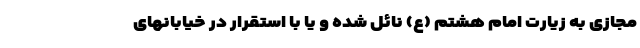
مجازی به زیارت امام هشتم (ع) نائل شده و یا با استقرار در خیابانهای